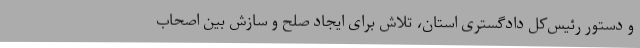
و دستور رئیس‌کل دادگستری استان، تلاش برای ایجاد صلح و سازش بین اصحاب